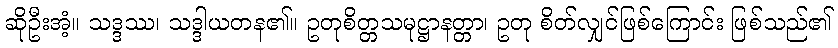
ဆိုဦးအံ့။ သဒ္ဒဿ၊ သဒ္ဒါယတန၏။ ဥတုစိတ္တသမုဋ္ဌာနတ္တာ၊ ဥတု စိတ်လျှင်ဖြစ်ကြောင်း ဖြစ်သည်၏